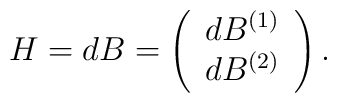
H = dB = \left(\begin{array}{cc}dB^{(1)}\\dB^{(2)} \end{array} \right).